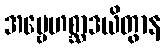
အမ္ဗေဟစ္ဆာဒယိတွာန